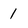
Character: 1